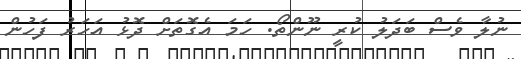
ނުލާ ވެސް ބަދަލު ކުރީ ނޫންތޯ. ހަމަ އެގޮތަށް ދޮޅު އަހަރު ފަހުން